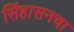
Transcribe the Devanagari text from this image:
सिंहासनचा